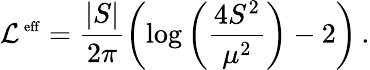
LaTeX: {\cal L}^{\mathrm{\scriptsize~eff}}=\frac{|S|}{2\pi}\left(\log{\left(\frac{4S^{2}}{\mu^{2}}\right)}-2\right)\, .